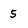
Character: 5